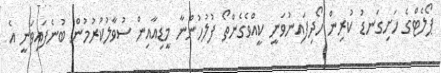
ޕޯލެޓްގެ ހަށިގަނޑު ކުރިން ހޯދިފައިނުވަނީ ކީއްވެގެންތޯ ފުލުހުންނާ މީޑިއާއިން ސުވާލުކުރުމުން ބުނެފައިވަނީ އެ